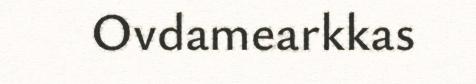
Ovdamearkkas